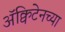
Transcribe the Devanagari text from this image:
ॲक्विटेनच्या